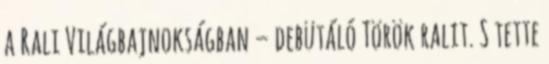
a Rali Világbajnokságban – debütáló Török ralit. S tette